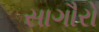
સાગૌરો